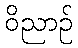
ဝိညာဉ်